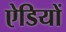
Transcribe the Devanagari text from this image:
ऐडियों